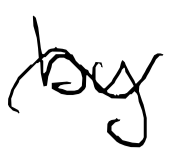
Text: by
Cross-out: wave
Writing tool: digital_black